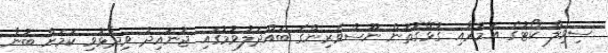
ސިވިލް ކޯޓުގެ އަމުރާއި ގުޅޭގޮތުން ނޫސްވެރިންގެ ބައްދަލުވުމުގައި ޖުނައިދު ވިދާޅުވި ކަމަށް ބުނާ